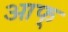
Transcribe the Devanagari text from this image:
आफ्‌